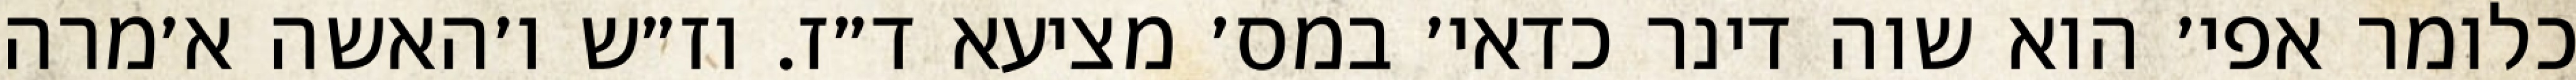
כלומר אפי׳ הוא שוה דינר כדאי׳ במס׳ מציעא ד״ז. וז״ש ו׳האשה א׳מרה